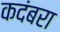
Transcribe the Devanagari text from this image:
कदंबरा